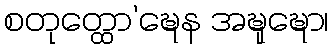
စတုတ္ထော’ဍ္ဎေန အဍ္ဎုဍ္ဎော၊